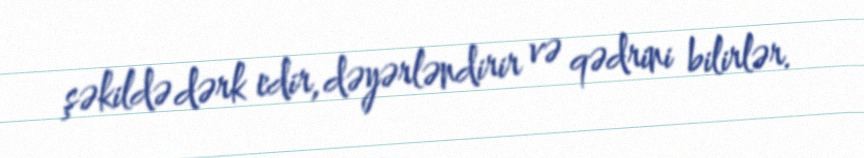
şəkildə dərk edir, dəyərləndirir və qədrini bilirlər.